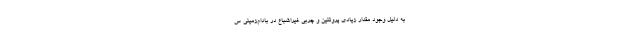
به دلیل وجود مقدار زیادی پروتئین و چربی غیراشباع در بادام‌زمینی س